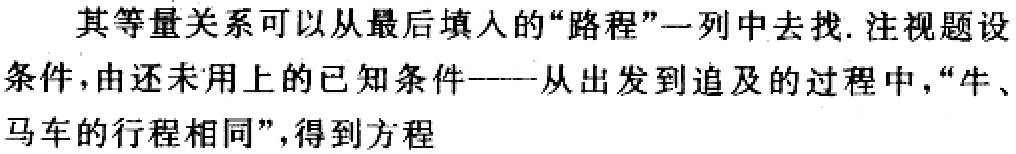
其等量关系可以从最后填人的“路程”一列中去找. 注视题设条件，由还未用上的已知条件——从出发到追及的过程中，“牛、马车的行程相同”，得到方程